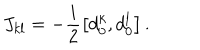
J _ { k l } = - \frac { i } { 2 } \left[ d _ { 0 } ^ { k } , d _ { 0 } ^ { l } \right] .